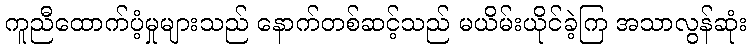
ကူညီထောက်ပံ့မှုများသည် နောက်တစ်ဆင့်သည် မယိမ်းယိုင်ခဲ့ကြ အသာလွန်ဆုံး